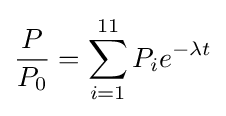
{\frac {P}{P_{0}}}=\sum _{i=1}^{11}P_{i}e^{-\lambda t}